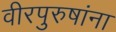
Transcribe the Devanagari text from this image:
वीरपुरुषांना